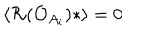
LaTeX: \langle { \cal R } ( { \cal O } _ { A _ { i } } ) * \rangle = 0